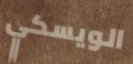
الويسكي